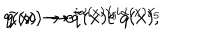
q ( x ) \rightarrow e ^ { i \alpha ( x ) \gamma _ { 5 } } q ( x ) , \hspace { . 5 i n } \bar { q } ( x ) \rightarrow \bar { q } ( x ) e ^ { i \alpha ( x ) \gamma _ { 5 } }